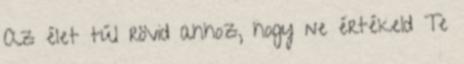
Az élet túl rövid ahhoz, hogy ne értékeld Te